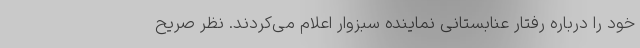
خود را درباره رفتار عنابستانی نماینده سبزوار اعلام می‌کردند. نظر صریح